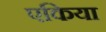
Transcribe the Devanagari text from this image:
एकिया